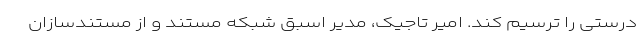
درستی را ترسیم کند. امیر تاجیک، مدیر اسبق شبکه مستند و از مستندسازان